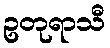
ဥတုရာသီ